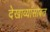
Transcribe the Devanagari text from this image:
देखाव्यांसोबत